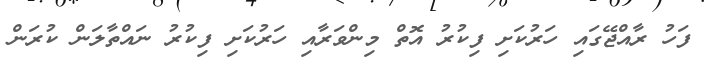
ފަހު ރާއްޖޭގައި ހަރުކަށި ފިކުރު އޮތް މިންވަރާއި ހަރުކަށި ފިކުރު ނައްތާލަން ކުރަން